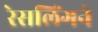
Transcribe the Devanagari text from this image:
रेसलिंगने